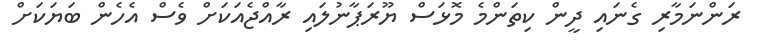
ރަންނަމާރި ގެނައި ދީން ކިތަންމެ މޮޅަސް ޔޫރަޕާނުލައި ރާއްޖެއަކަށް ވެސް އެހެން ބަޔަކަށް